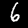
Digit: 6